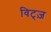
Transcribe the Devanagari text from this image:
विट्ज़